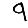
Digit: 9